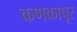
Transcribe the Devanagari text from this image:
कणकापूर